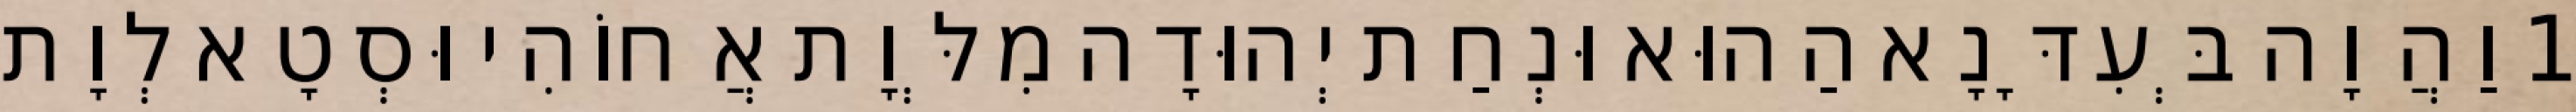
1 וַהֲוָה בְּעִדָּנָא הַהוּא וּנְחַת יְהוּדָה מִלְּוָת אֲחוֹהִי וּסְטָא לְוָת